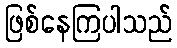
ဖြစ်နေကြပါသည်